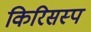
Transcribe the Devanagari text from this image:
किरिसस्प